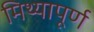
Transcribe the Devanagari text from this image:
मिथ्यापूर्ण